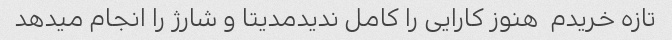
تازه خریدم  هنوز کارایی را کامل ندیدمدیتا و شارژ را انجام میدهد